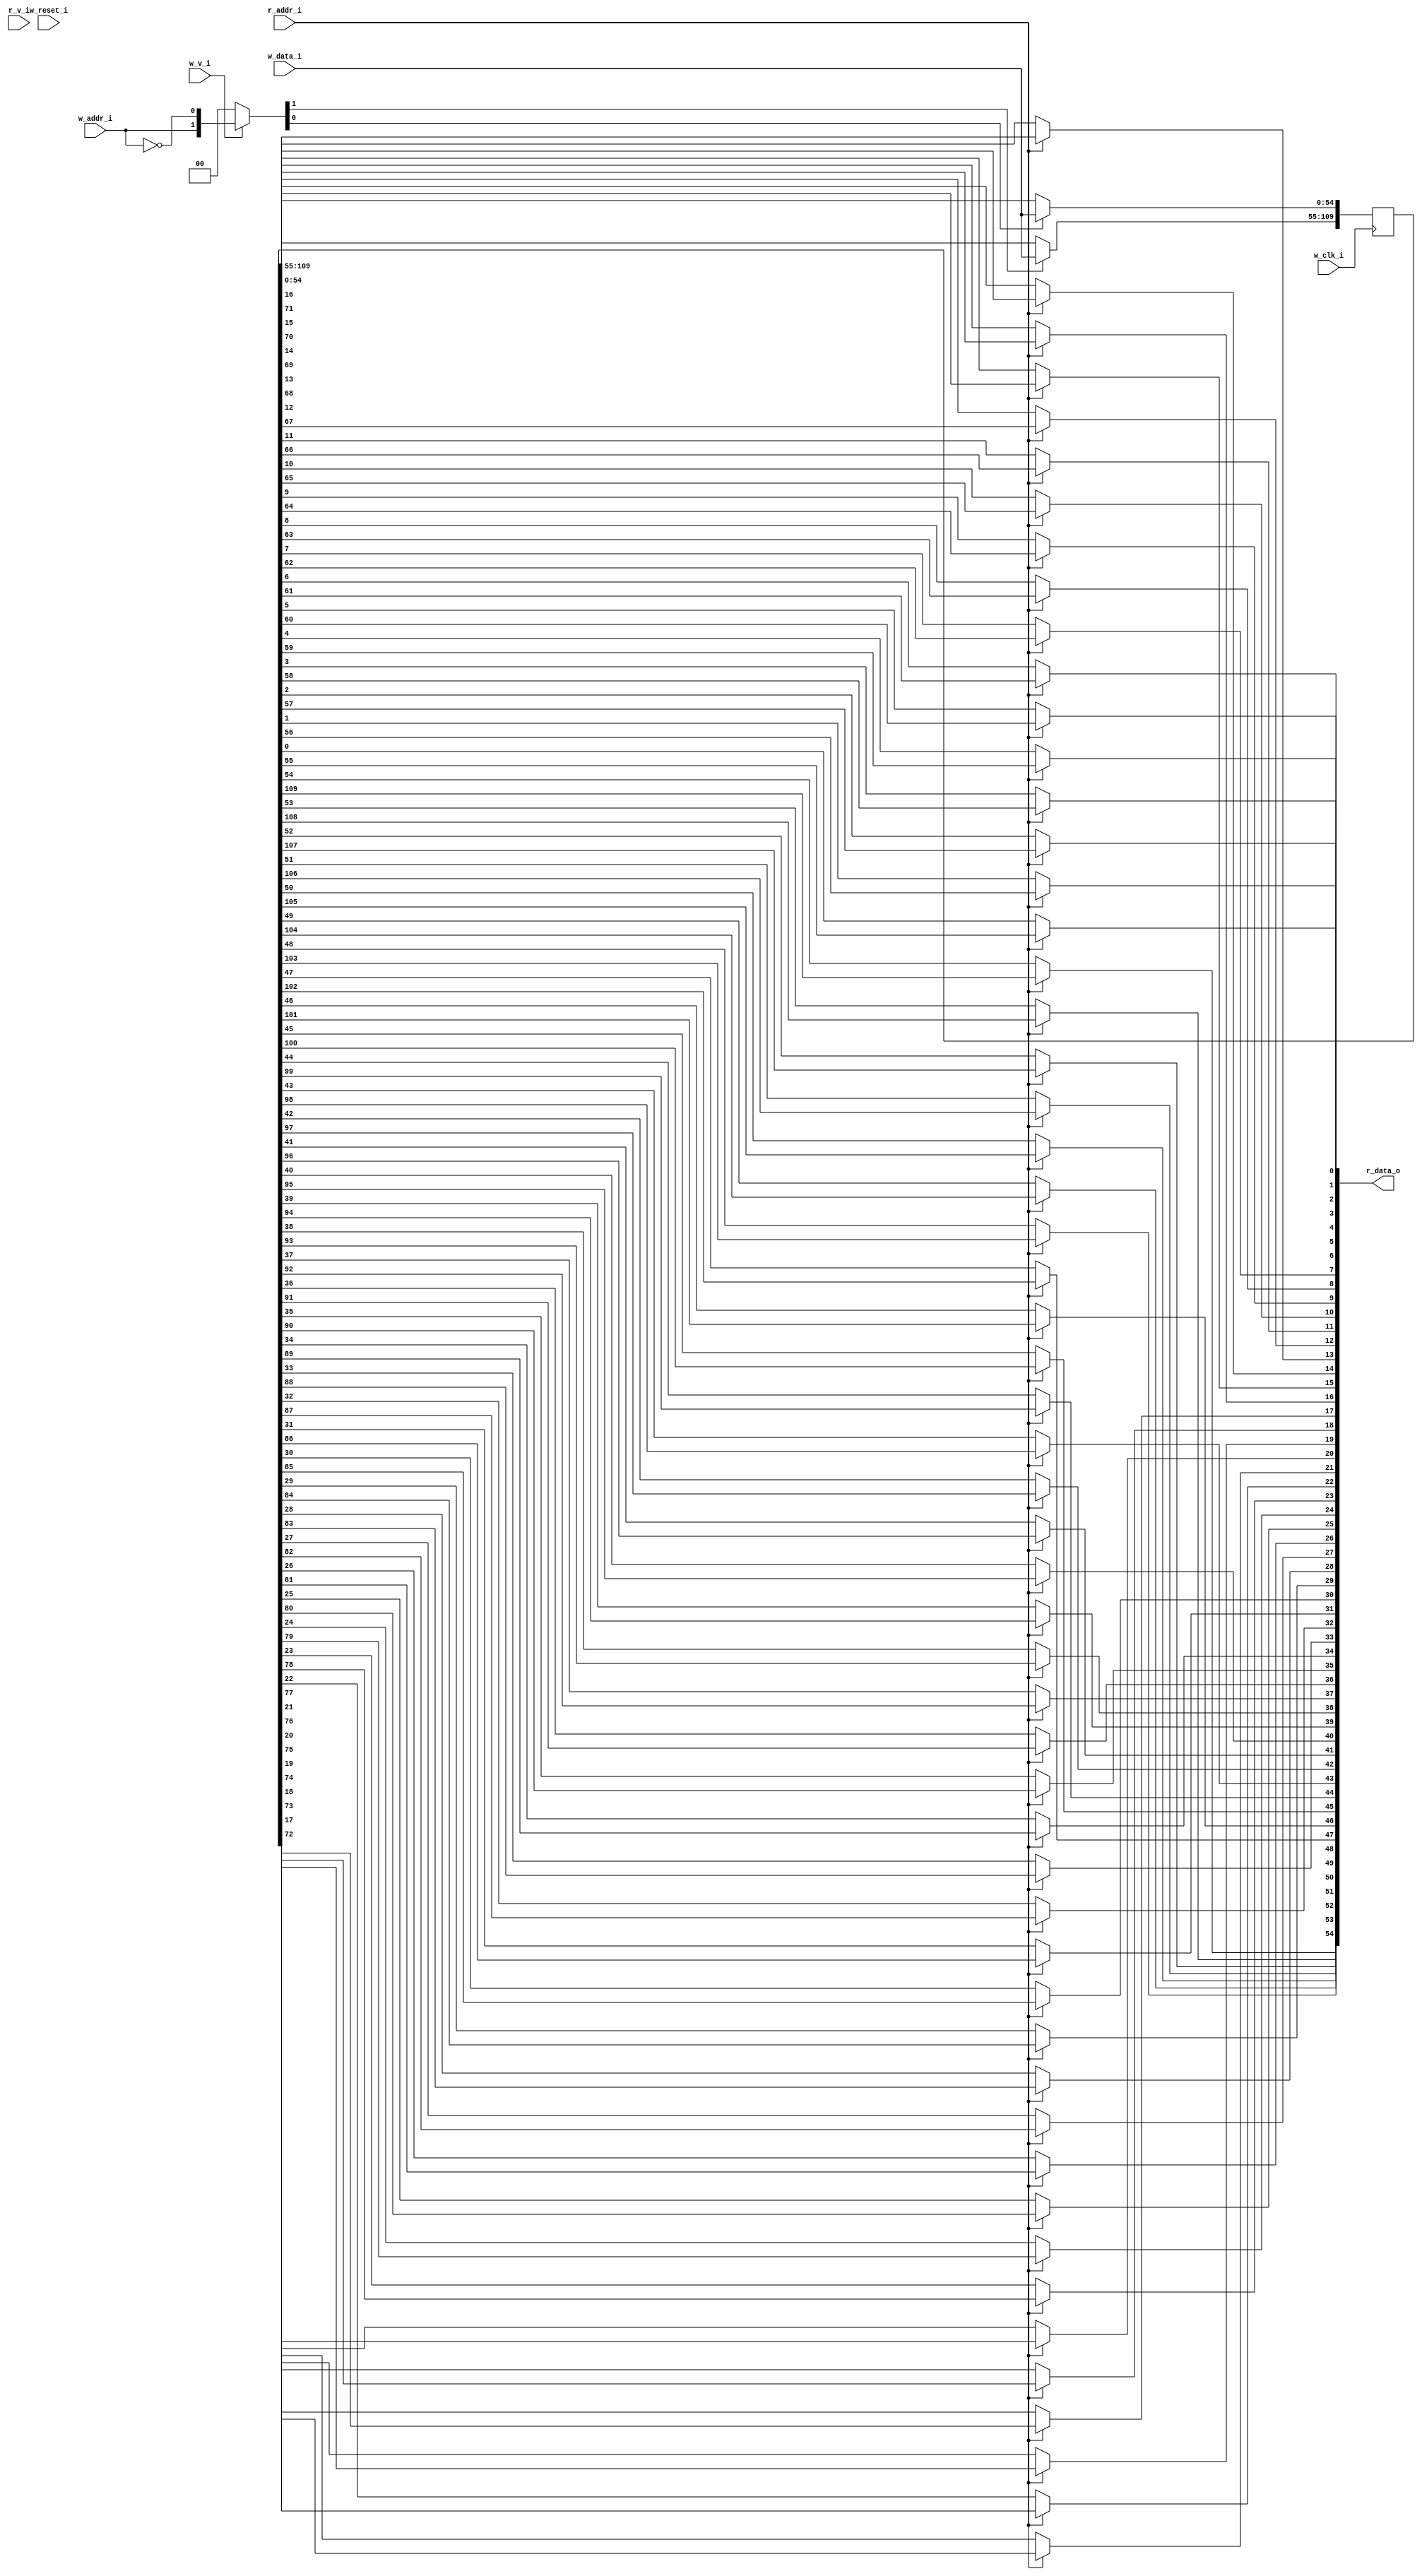
module bsg_mem_1r1w_synth_width_p55_els_p2_read_write_same_addr_p0_harden_p0
(
  w_clk_i,
  w_reset_i,
  w_v_i,
  w_addr_i,
  w_data_i,
  r_v_i,
  r_addr_i,
  r_data_o
);

  input [0:0] w_addr_i;
  input [54:0] w_data_i;
  input [0:0] r_addr_i;
  output [54:0] r_data_o;
  input w_clk_i;
  input w_reset_i;
  input w_v_i;
  input r_v_i;
  wire [54:0] r_data_o;
  wire N0,N1,N2,N3,N4,N5,N7,N8;
  reg [109:0] mem;
  assign r_data_o[54] = (N3)? mem[54] :
                        (N0)? mem[109] : 1'b0;
  assign N0 = r_addr_i[0];
  assign r_data_o[53] = (N3)? mem[53] :
                        (N0)? mem[108] : 1'b0;
  assign r_data_o[52] = (N3)? mem[52] :
                        (N0)? mem[107] : 1'b0;
  assign r_data_o[51] = (N3)? mem[51] :
                        (N0)? mem[106] : 1'b0;
  assign r_data_o[50] = (N3)? mem[50] :
                        (N0)? mem[105] : 1'b0;
  assign r_data_o[49] = (N3)? mem[49] :
                        (N0)? mem[104] : 1'b0;
  assign r_data_o[48] = (N3)? mem[48] :
                        (N0)? mem[103] : 1'b0;
  assign r_data_o[47] = (N3)? mem[47] :
                        (N0)? mem[102] : 1'b0;
  assign r_data_o[46] = (N3)? mem[46] :
                        (N0)? mem[101] : 1'b0;
  assign r_data_o[45] = (N3)? mem[45] :
                        (N0)? mem[100] : 1'b0;
  assign r_data_o[44] = (N3)? mem[44] :
                        (N0)? mem[99] : 1'b0;
  assign r_data_o[43] = (N3)? mem[43] :
                        (N0)? mem[98] : 1'b0;
  assign r_data_o[42] = (N3)? mem[42] :
                        (N0)? mem[97] : 1'b0;
  assign r_data_o[41] = (N3)? mem[41] :
                        (N0)? mem[96] : 1'b0;
  assign r_data_o[40] = (N3)? mem[40] :
                        (N0)? mem[95] : 1'b0;
  assign r_data_o[39] = (N3)? mem[39] :
                        (N0)? mem[94] : 1'b0;
  assign r_data_o[38] = (N3)? mem[38] :
                        (N0)? mem[93] : 1'b0;
  assign r_data_o[37] = (N3)? mem[37] :
                        (N0)? mem[92] : 1'b0;
  assign r_data_o[36] = (N3)? mem[36] :
                        (N0)? mem[91] : 1'b0;
  assign r_data_o[35] = (N3)? mem[35] :
                        (N0)? mem[90] : 1'b0;
  assign r_data_o[34] = (N3)? mem[34] :
                        (N0)? mem[89] : 1'b0;
  assign r_data_o[33] = (N3)? mem[33] :
                        (N0)? mem[88] : 1'b0;
  assign r_data_o[32] = (N3)? mem[32] :
                        (N0)? mem[87] : 1'b0;
  assign r_data_o[31] = (N3)? mem[31] :
                        (N0)? mem[86] : 1'b0;
  assign r_data_o[30] = (N3)? mem[30] :
                        (N0)? mem[85] : 1'b0;
  assign r_data_o[29] = (N3)? mem[29] :
                        (N0)? mem[84] : 1'b0;
  assign r_data_o[28] = (N3)? mem[28] :
                        (N0)? mem[83] : 1'b0;
  assign r_data_o[27] = (N3)? mem[27] :
                        (N0)? mem[82] : 1'b0;
  assign r_data_o[26] = (N3)? mem[26] :
                        (N0)? mem[81] : 1'b0;
  assign r_data_o[25] = (N3)? mem[25] :
                        (N0)? mem[80] : 1'b0;
  assign r_data_o[24] = (N3)? mem[24] :
                        (N0)? mem[79] : 1'b0;
  assign r_data_o[23] = (N3)? mem[23] :
                        (N0)? mem[78] : 1'b0;
  assign r_data_o[22] = (N3)? mem[22] :
                        (N0)? mem[77] : 1'b0;
  assign r_data_o[21] = (N3)? mem[21] :
                        (N0)? mem[76] : 1'b0;
  assign r_data_o[20] = (N3)? mem[20] :
                        (N0)? mem[75] : 1'b0;
  assign r_data_o[19] = (N3)? mem[19] :
                        (N0)? mem[74] : 1'b0;
  assign r_data_o[18] = (N3)? mem[18] :
                        (N0)? mem[73] : 1'b0;
  assign r_data_o[17] = (N3)? mem[17] :
                        (N0)? mem[72] : 1'b0;
  assign r_data_o[16] = (N3)? mem[16] :
                        (N0)? mem[71] : 1'b0;
  assign r_data_o[15] = (N3)? mem[15] :
                        (N0)? mem[70] : 1'b0;
  assign r_data_o[14] = (N3)? mem[14] :
                        (N0)? mem[69] : 1'b0;
  assign r_data_o[13] = (N3)? mem[13] :
                        (N0)? mem[68] : 1'b0;
  assign r_data_o[12] = (N3)? mem[12] :
                        (N0)? mem[67] : 1'b0;
  assign r_data_o[11] = (N3)? mem[11] :
                        (N0)? mem[66] : 1'b0;
  assign r_data_o[10] = (N3)? mem[10] :
                        (N0)? mem[65] : 1'b0;
  assign r_data_o[9] = (N3)? mem[9] :
                       (N0)? mem[64] : 1'b0;
  assign r_data_o[8] = (N3)? mem[8] :
                       (N0)? mem[63] : 1'b0;
  assign r_data_o[7] = (N3)? mem[7] :
                       (N0)? mem[62] : 1'b0;
  assign r_data_o[6] = (N3)? mem[6] :
                       (N0)? mem[61] : 1'b0;
  assign r_data_o[5] = (N3)? mem[5] :
                       (N0)? mem[60] : 1'b0;
  assign r_data_o[4] = (N3)? mem[4] :
                       (N0)? mem[59] : 1'b0;
  assign r_data_o[3] = (N3)? mem[3] :
                       (N0)? mem[58] : 1'b0;
  assign r_data_o[2] = (N3)? mem[2] :
                       (N0)? mem[57] : 1'b0;
  assign r_data_o[1] = (N3)? mem[1] :
                       (N0)? mem[56] : 1'b0;
  assign r_data_o[0] = (N3)? mem[0] :
                       (N0)? mem[55] : 1'b0;
  assign N5 = ~w_addr_i[0];
  assign { N8, N7 } = (N1)? { w_addr_i[0:0], N5 } :
                      (N2)? { 1'b0, 1'b0 } : 1'b0;
  assign N1 = w_v_i;
  assign N2 = N4;
  assign N3 = ~r_addr_i[0];
  assign N4 = ~w_v_i;

  always @(posedge w_clk_i) begin
    if(N8) begin
      { mem[109:55] } <= { w_data_i[54:0] };
    end
    if(N7) begin
      { mem[54:0] } <= { w_data_i[54:0] };
    end
  end


endmodule